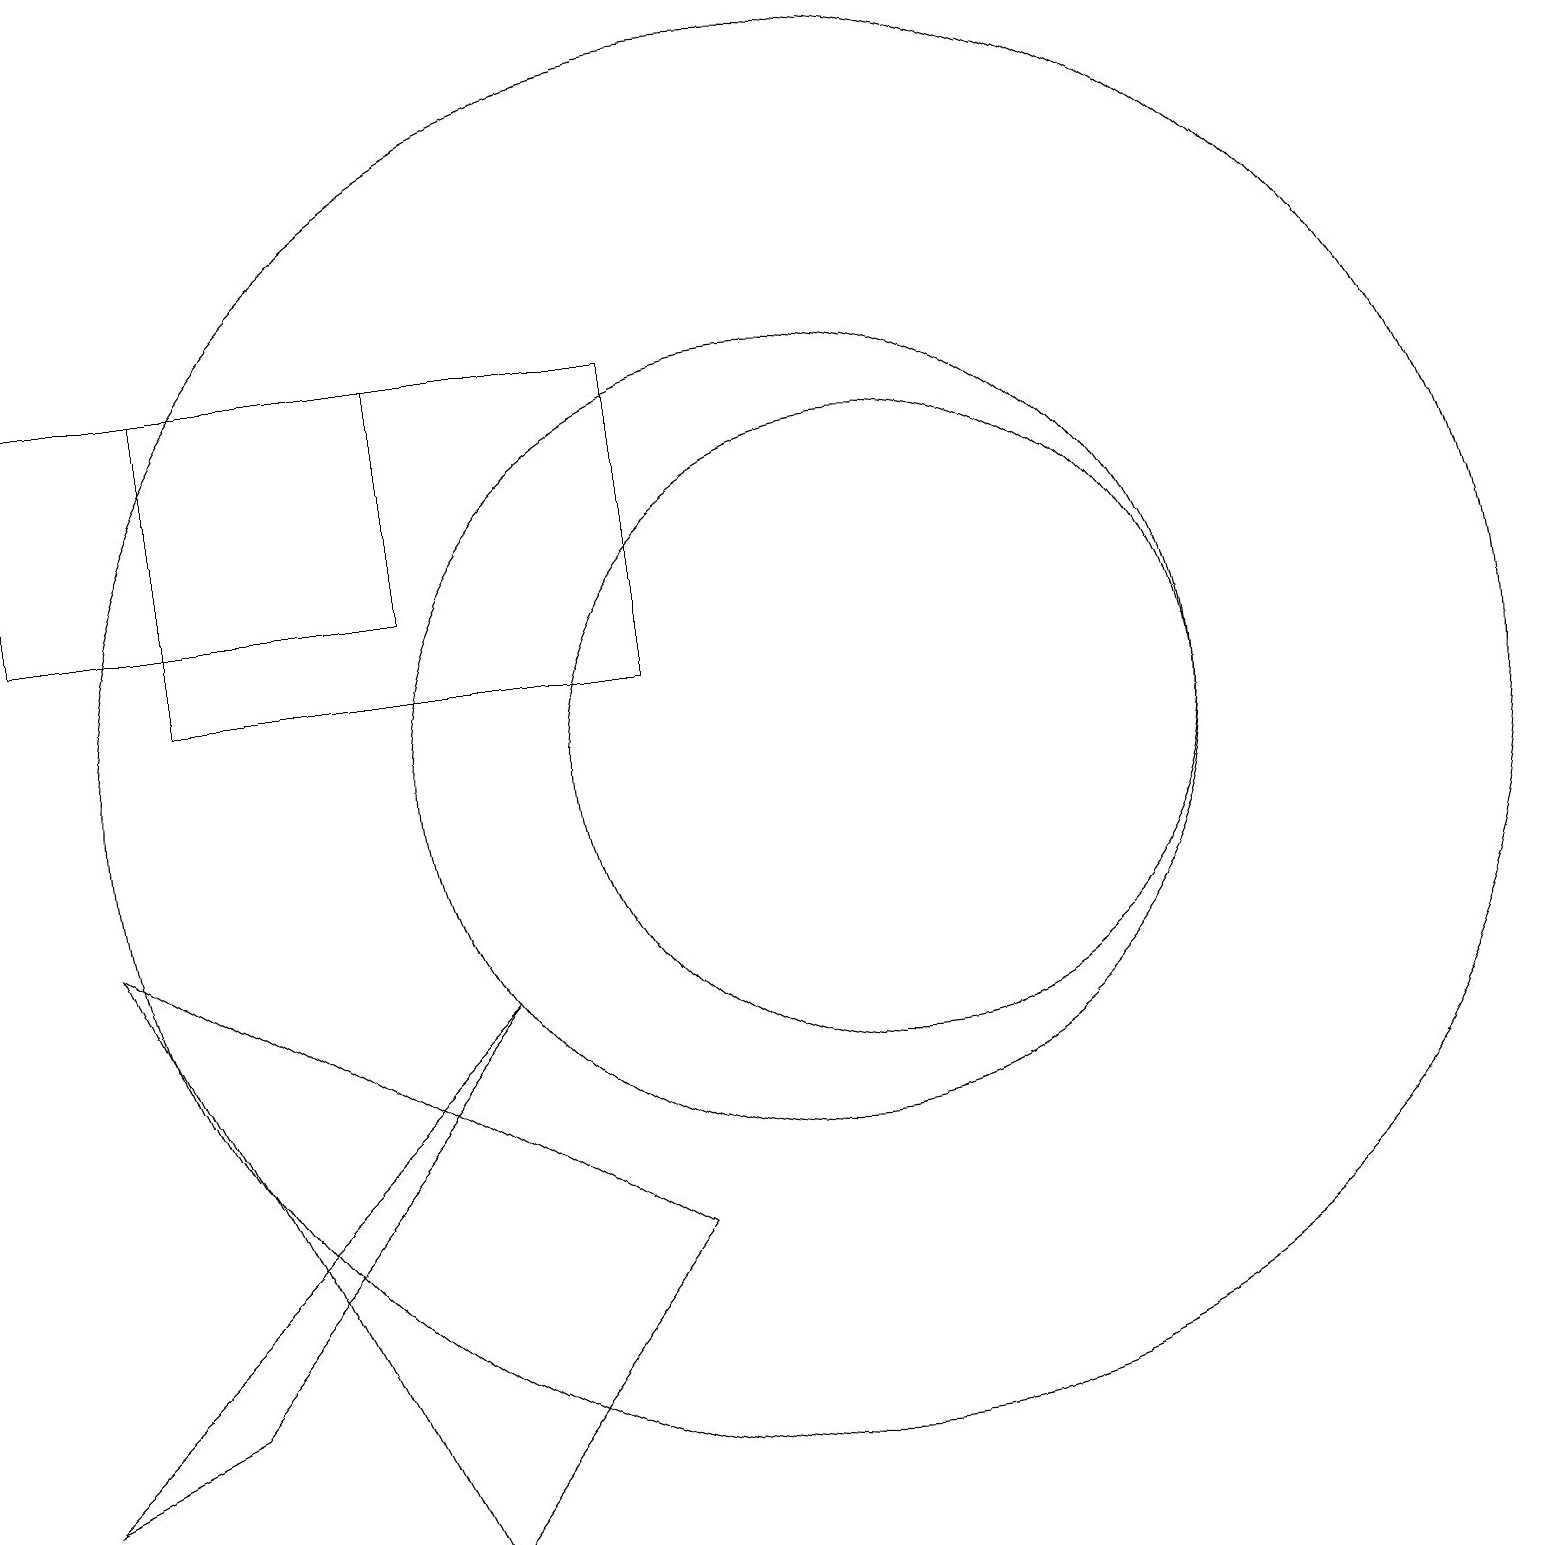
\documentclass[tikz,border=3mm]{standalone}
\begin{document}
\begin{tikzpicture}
\draw (1,8) -- (5,0) -- (8,4) -- cycle;
\draw (10,10) circle (9);
\draw (10,10) circle (5);
\draw (8,15) rectangle (2,11);
\draw (0,15) rectangle (5,12);
\draw (0,1) -- (2,2) -- (6,7) -- cycle;
\draw (11,10) circle (4);
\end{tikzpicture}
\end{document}